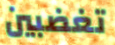
تغضبين